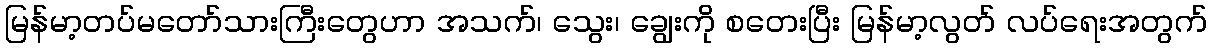
မြန်မာ့တပ်မတော်သားကြီးတွေဟာ အသက်၊ သွေး၊ ချွေးကို စတေးပြီး မြန်မာ့လွတ် လပ်ရေးအတွက်